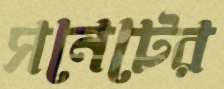
সনেটের